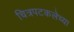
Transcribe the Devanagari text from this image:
चित्रपटकलेच्या